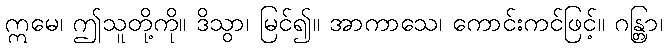
ဣမေ၊ ဤသူတို့ကို။ ဒိသွာ၊ မြင်၍။ အာကာသေ၊ ကောင်းကင်ဖြင့်။ ဂန္တြာ၊